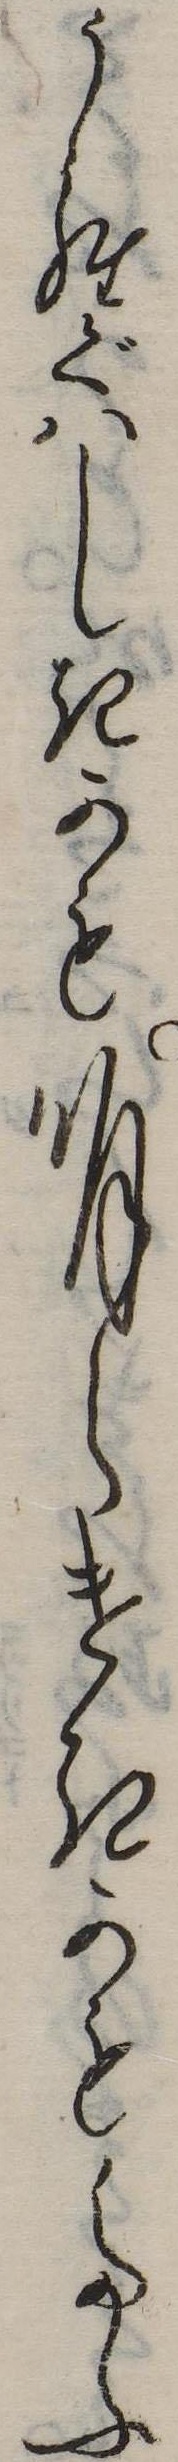
うぐはしきかも明らけきかもたふ